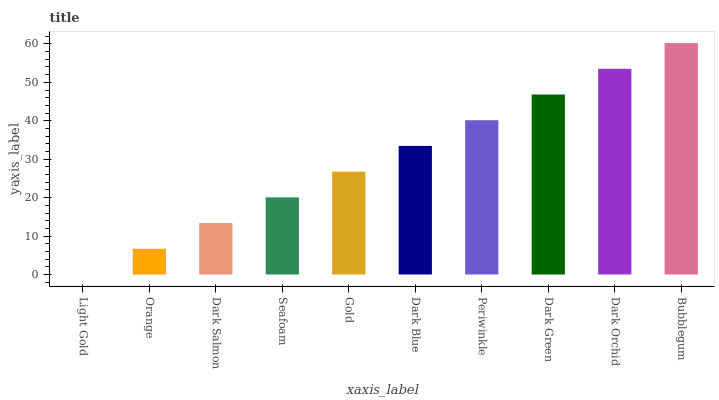
| xaxis_label | bars |
 | --- | --- |
 | Light Gold | 0 |
 | Orange | 6.69 |
 | Dark Salmon | 13.4 |
 | Seafoam | 20.1 |
 | Gold | 26.8 |
 | Dark Blue | 33.5 |
 | Periwinkle | 40.1 |
 | Dark Green | 46.8 |
 | Dark Orchid | 53.5 |
 | Bubblegum | 60.2 |